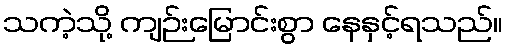
သကဲ့သို့ ကျဉ်းမြောင်းစွာ နေနှင့်ရသည်။